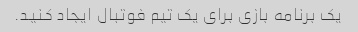
یک برنامه بازی برای یک تیم فوتبال ایجاد کنید.